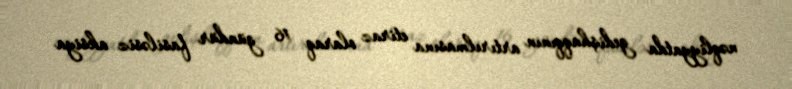
nəqliyyatda gedişhaqqının artırılmasına etiraz olaraq 16 gündür fasiləsiz aksiya